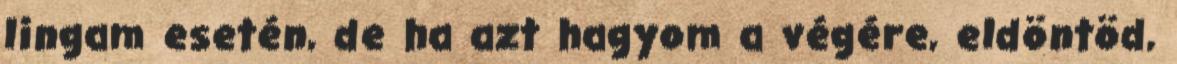
lingam esetén, de ha azt hagyom a végére, eldöntöd,